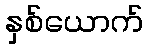
နှစ်ယောက်